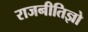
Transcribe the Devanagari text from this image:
राजनीतिज्ञो